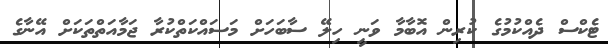
ޓެކްސް ދެއްކުމުގެ ކުރިން އޮބާމާ ވަނީ ހިލޭ ސާބަހަށް މަސައްކަތްކުރާ ޖަމާއަތްތަކަށް އޭނާގެ